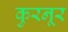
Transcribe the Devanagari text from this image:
कुरनूर